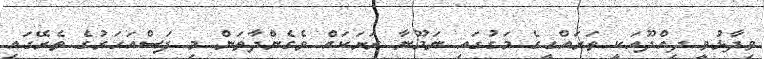
ވިދާޅުވީ ދިއްދޫއަކީ ތަރައްގީގެ މަގުގައި ނަމޫނާ ރަށަކައް ވެގެންދާތަން މި ފަސްއަހަރުގެ ތެރޭގައި